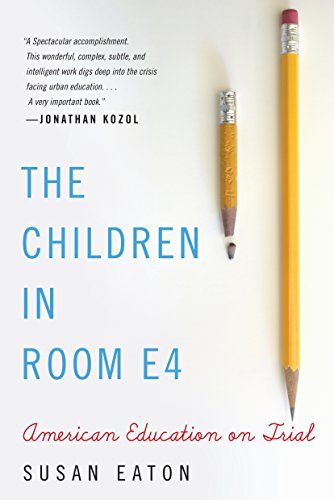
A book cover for The Children in Room E4: American Education on Trial; Susan Eaton; Politics & Social Sciences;